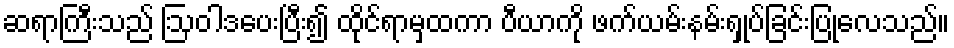
ဆရာကြီးသည် ဩဝါဒပေးပြီး၍ ထိုင်ရာမှထကာ ပီယာကို ဖက်ယမ်းနမ်းရှုပ်ခြင်းပြုလေသည်။